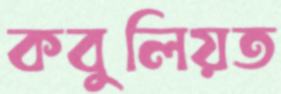
কবুলিয়ত